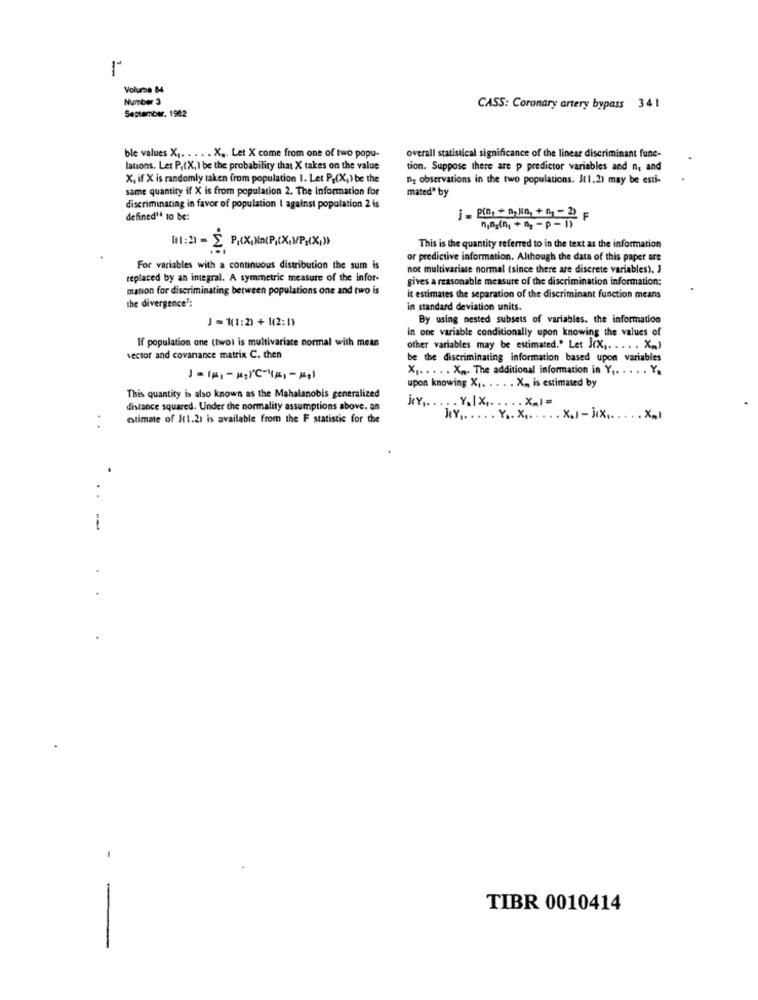
Volume 84
Number 3
CASS: Coronary artery bypass 341
September. 1982
ble values X1. . . . . X .. Let X come from one of two popu-
overall statistical significance of the linear discriminant fune-
lations. Let P.(X, 1 be the probability that X takes on the value
tion. Suppose there are p predictor variables and n, and
X, if X is randomly taken from population I. Let P.(X,) be the
ng observations in the two populations. Jt1.2) may be esti-
same quantity if X is from population 2. The Information for
mated" by
discriminating in favor of population I against population 2 is
defined" to be:
1,82(1)+ B2 -P - 1)
11:2 - C PRIX, In(P.(X.VP,(X)
This is the quantity referred to in the text as the information
or predictive information. Although the data of this paper are
For variables with a continuous distribution the sum is
not multivariate normal (since there are discrete variables), J
replaced by an integral. A symmetric measure of the infor-
gives a reasonable measure of the discrimination information:
mation for discriminating between populations one and two is
it estimates the separation of the discriminant function means
the divergence":
in standard deviation units.
J -1(1:2) + 1(2:1)
By using nested subsets of variables. the information
in one variable conditionally upon knowing the values of
If population one (twoi is multivariate normal with mean
other variables may be estimated." Let J(x ,. .... X .. )
vector and covariance matrix C. then
be the discriminating information based upon variables
X1 ..... X ,,. The additional information in Y .. .. .. Y.
upon knowing X ,. . . . . X ., is estimated by
This quantity is also known as the Mahalanobis generalized
distance squared. Under the normality assumptions above. an
estimate of Jt1.2) is available from the F statistic for the
NY .. .... Y .. X ...... x.)-)x ...... X.I
.
-
-
TIBR 0010414
-